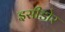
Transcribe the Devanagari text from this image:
इसीडोर